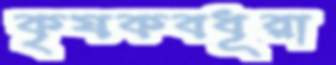
কৃষকবধূরা